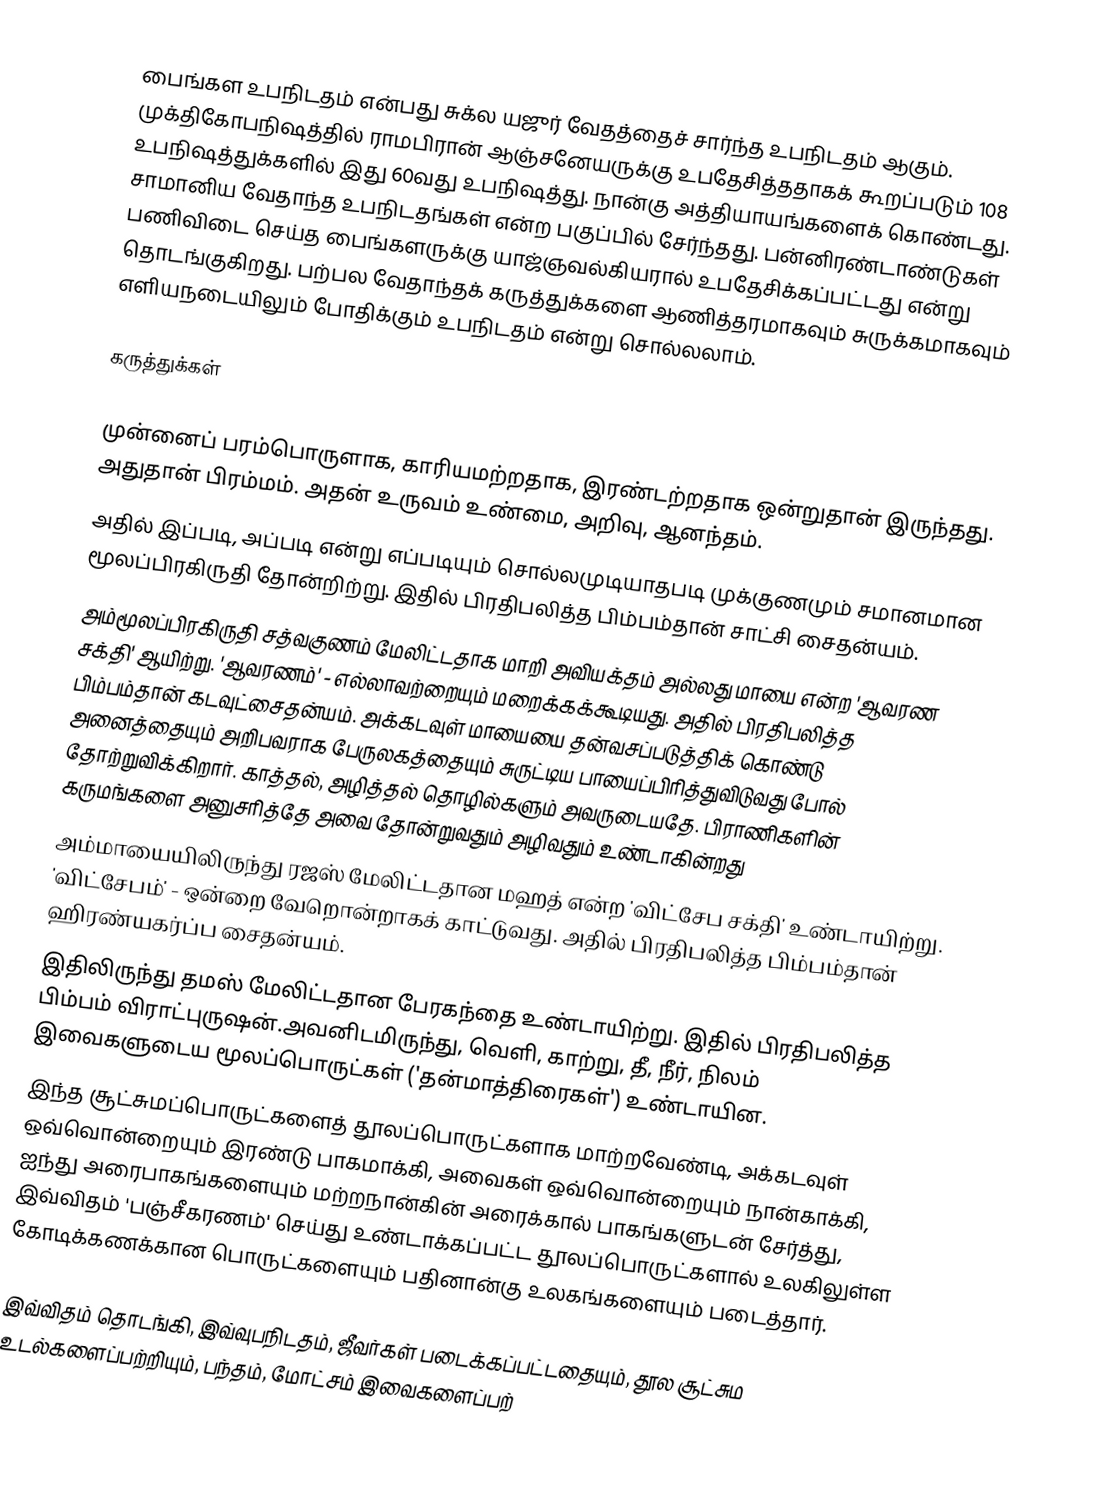
பைங்கள உபநிடதம் என்பது சுக்ல யஜுர் வேதத்தைச் சார்ந்த உபநிடதம் ஆகும். முக்திகோபநிஷத்தில் ராமபிரான் ஆஞ்சனேயருக்கு உபதேசித்ததாகக் கூறப்படும் 108 உபநிஷத்துக்களில் இது 60வது உபநிஷத்து. நான்கு அத்தியாயங்களைக் கொண்டது. சாமானிய வேதாந்த உபநிடதங்கள் என்ற பகுப்பில் சேர்ந்தது. பன்னிரண்டாண்டுகள் பணிவிடை செய்த பைங்களருக்கு யாஜ்ஞவல்கியரால் உபதேசிக்கப்பட்டது என்று தொடங்குகிறது. பற்பல வேதாந்தக் கருத்துக்களை ஆணித்தரமாகவும் சுருக்கமாகவும் எளியநடையிலும் போதிக்கும் உபநிடதம் என்று சொல்லலாம்.

கருத்துக்கள்

 முன்னைப் பரம்பொருளாக, காரியமற்றதாக, இரண்டற்றதாக ஒன்றுதான் இருந்தது. அதுதான் பிரம்மம். அதன் உருவம் உண்மை, அறிவு, ஆனந்தம்.
 அதில் இப்படி, அப்படி என்று எப்படியும் சொல்லமுடியாதபடி முக்குணமும் சமானமான மூலப்பிரகிருதி தோன்றிற்று. இதில் பிரதிபலித்த பிம்பம்தான் சாட்சி சைதன்யம்.
அம்மூலப்பிரகிருதி சத்வகுணம் மேலிட்டதாக மாறி அவியக்தம் அல்லது மாயை என்ற 'ஆவரண சக்தி' ஆயிற்று. 'ஆவரணம்' - எல்லாவற்றையும் மறைக்கக்கூடியது. அதில் பிரதிபலித்த பிம்பம்தான் கடவுட்சைதன்யம். அக்கடவுள் மாயையை தன்வசப்படுத்திக் கொண்டு அனைத்தையும் அறிபவராக பேருலகத்தையும் சுருட்டிய பாயைப்பிரித்துவிடுவது போல் தோற்றுவிக்கிறார். காத்தல், அழித்தல் தொழில்களும் அவருடையதே. பிராணிகளின் கருமங்களை அனுசரித்தே அவை தோன்றுவதும் அழிவதும் உண்டாகின்றது
 அம்மாயையிலிருந்து ரஜஸ் மேலிட்டதான மஹத் என்ற 'விட்சேப சக்தி' உண்டாயிற்று. 'விட்சேபம்' - ஒன்றை வேறொன்றாகக் காட்டுவது. அதில் பிரதிபலித்த பிம்பம்தான் ஹிரண்யகர்ப்ப சைதன்யம்.
 இதிலிருந்து தமஸ் மேலிட்டதான பேரகந்தை உண்டாயிற்று. இதில் பிரதிபலித்த பிம்பம் விராட்புருஷன்.அவனிடமிருந்து, வெளி, காற்று, தீ, நீர், நிலம் இவைகளுடைய மூலப்பொருட்கள் ('தன்மாத்திரைகள்') உண்டாயின.
 இந்த சூட்சுமப்பொருட்களைத் தூலப்பொருட்களாக மாற்றவேண்டி, அக்கடவுள் ஒவ்வொன்றையும் இரண்டு பாகமாக்கி, அவைகள் ஒவ்வொன்றையும் நான்காக்கி, ஐந்து அரைபாகங்களையும் மற்றநான்கின் அரைக்கால் பாகங்களுடன் சேர்த்து, இவ்விதம் 'பஞ்சீகரணம்' செய்து உண்டாக்கப்பட்ட தூலப்பொருட்களால் உலகிலுள்ள கோடிக்கணக்கான பொருட்களையும் பதினான்கு உலகங்களையும் படைத்தார்.

இவ்விதம் தொடங்கி, இவ்வுபநிடதம், ஜீவர்கள் படைக்கப்பட்டதையும், தூல சூட்சும உடல்களைப்பற்றியும், பந்தம், மோட்சம் இவைகளைப்பற்